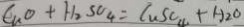
C _ { n } O + H _ { 2 } S O _ { 4 } = C u S O _ { 4 } + H _ { 2 } O